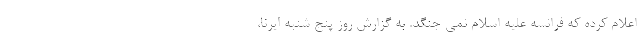
اعلام کرده که فرانسه علیه اسلام نمی جنگد. به گزارش روز پنج شنبه ایرنا،